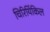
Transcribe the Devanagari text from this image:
चिरियिंकिल